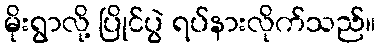
မိုးရွာလို့ ပြိုင်ပွဲ ရပ်နားလိုက်သည်။